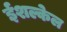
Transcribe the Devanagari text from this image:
ईशल्केल